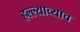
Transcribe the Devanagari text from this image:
हल्ल्याच्याच